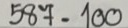
587 = 100